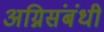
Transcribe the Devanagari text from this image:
अग्निसंबंधी